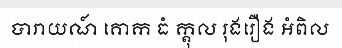
បារាយណ៍ គោក ធំ ក្តុល រុងរឿង អំពិល